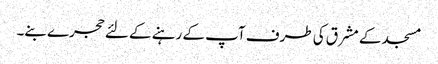
مسجد کے مشرق کی طرف آپ کے رہنے کے لئے حجرے بنے۔